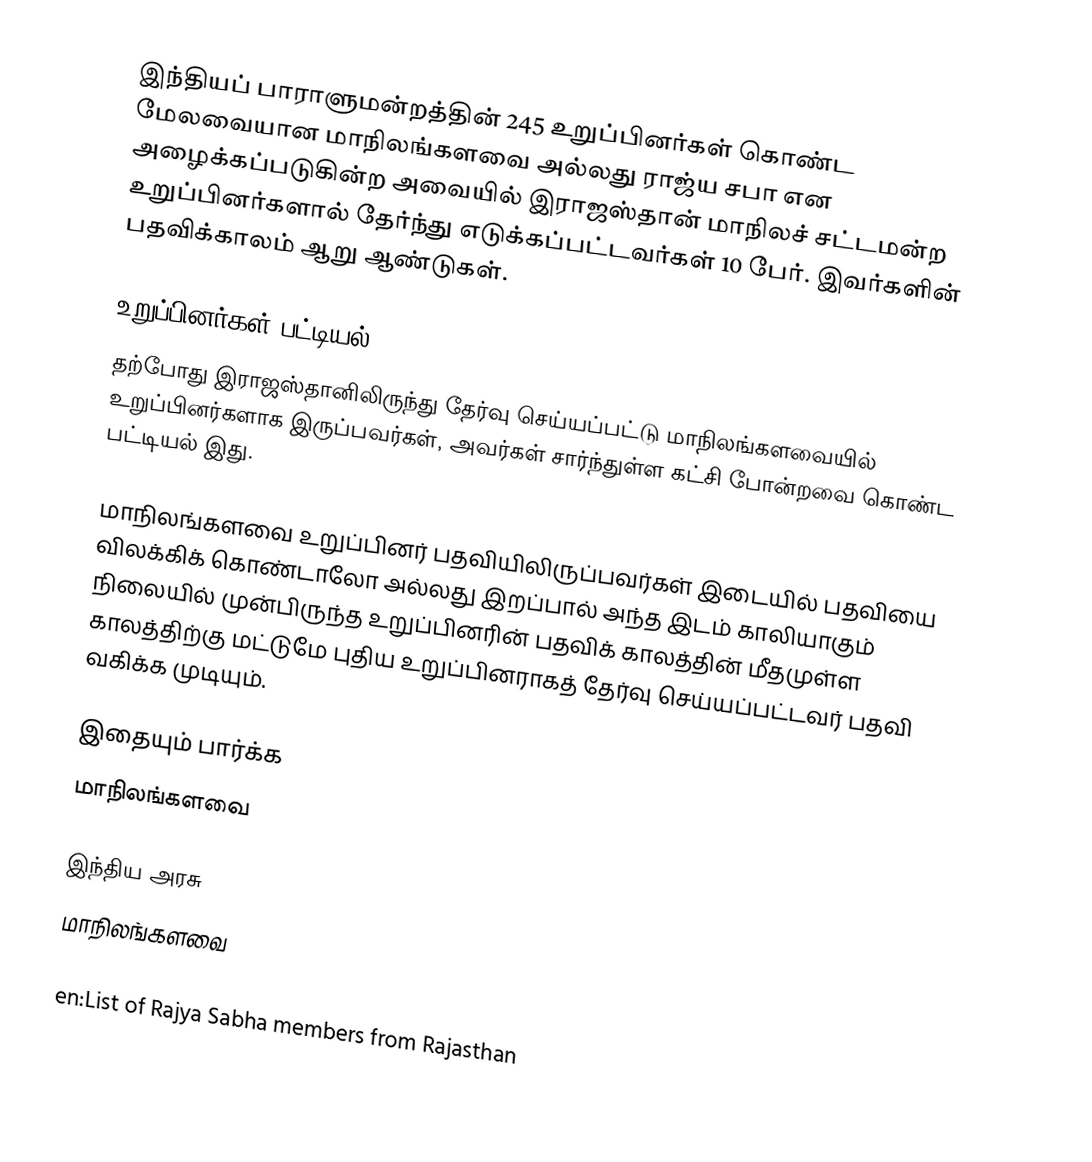
இந்தியப் பாராளுமன்றத்தின் 245 உறுப்பினர்கள் கொண்ட மேலவையான மாநிலங்களவை அல்லது ராஜ்ய சபா  என அழைக்கப்படுகின்ற அவையில் இராஜஸ்தான் மாநிலச் சட்டமன்ற உறுப்பினர்களால் தேர்ந்து எடுக்கப்பட்டவர்கள் 10 பேர். இவர்களின் பதவிக்காலம் ஆறு ஆண்டுகள்.

உறுப்பினர்கள் பட்டியல்
தற்போது இராஜஸ்தானிலிருந்து தேர்வு செய்யப்பட்டு மாநிலங்களவையில் உறுப்பினர்களாக இருப்பவர்கள், அவர்கள் சார்ந்துள்ள கட்சி போன்றவை கொண்ட பட்டியல் இது.

 மாநிலங்களவை உறுப்பினர் பதவியிலிருப்பவர்கள் இடையில் பதவியை விலக்கிக் கொண்டாலோ அல்லது இறப்பால் அந்த இடம் காலியாகும் நிலையில் முன்பிருந்த உறுப்பினரின் பதவிக் காலத்தின் மீதமுள்ள காலத்திற்கு மட்டுமே புதிய உறுப்பினராகத் தேர்வு செய்யப்பட்டவர் பதவி வகிக்க முடியும்.

இதையும் பார்க்க
மாநிலங்களவை

இந்திய அரசு
மாநிலங்களவை

en:List of Rajya Sabha members from Rajasthan